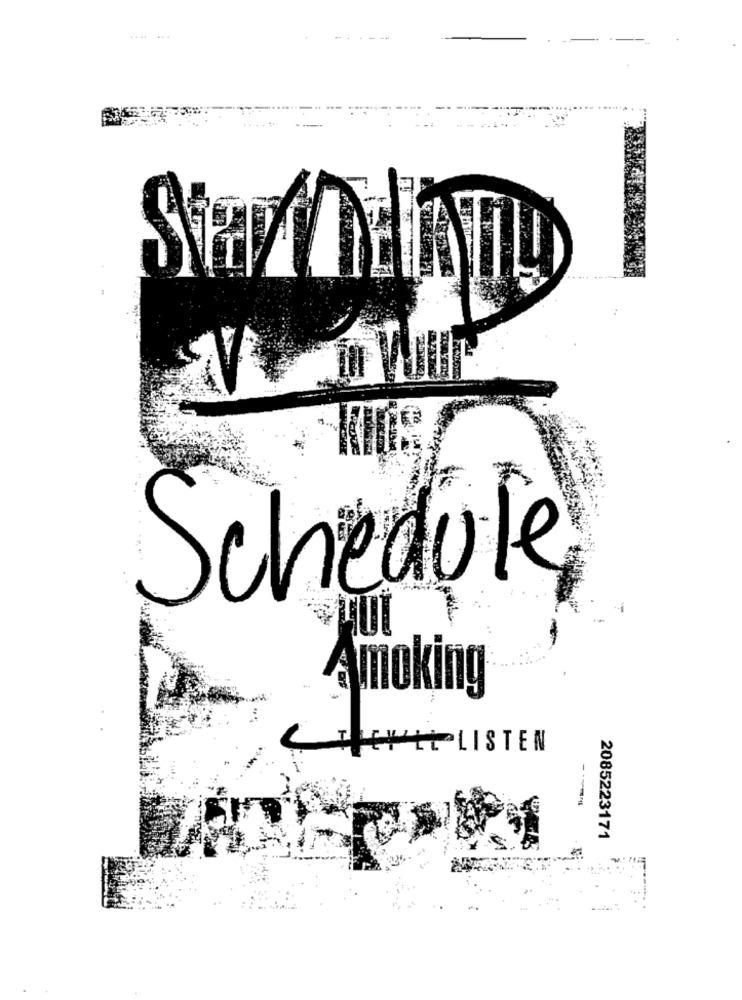
Schedule
A moking
C ++ LISTEN
2085223171